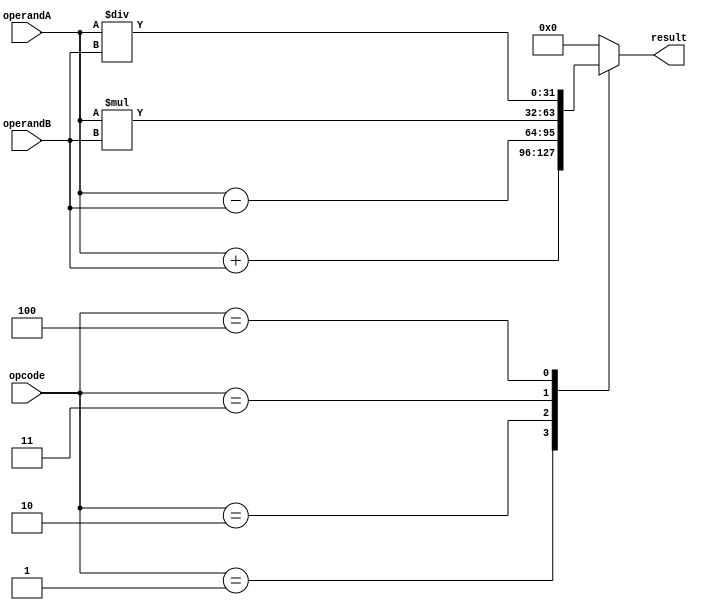
module ComplexALU (
    input [3:0] opcode,
    input [31:0] operandA,
    input [31:0] operandB,
    output reg [31:0] result
);

reg [31:0] add_result;
reg [31:0] sub_result;
reg [31:0] mul_result;
reg [31:0] div_result;

always @(*) begin
    case(opcode)
        4'b0001: begin // Addition
            add_result = operandA + operandB;
            result = add_result;
        end
        4'b0010: begin // Subtraction
            sub_result = operandA - operandB;
            result = sub_result;
        end
        4'b0011: begin // Multiplication
            mul_result = operandA * operandB;
            result = mul_result;
        end
        4'b0100: begin // Division
            div_result = operandA / operandB;
            result = div_result;
        end
        default: result = 32'd0;
    endcase
end

endmodule